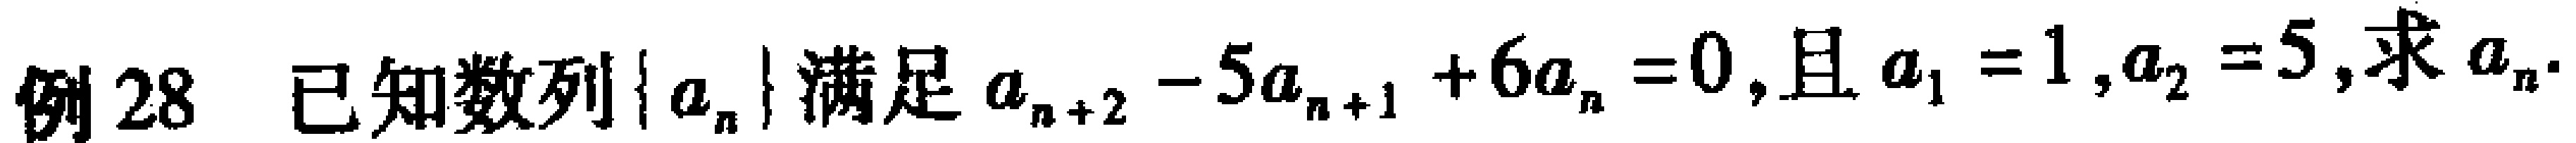
例28 已知数列\(\{ a_{n}\}\)满足\(a_{n + 2} - 5a_{n + 1} + 6a_{n} = 0\),且\(a_{1} = 1,a_{2} = 5\),求\(a_{n}\).